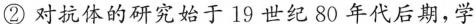
②对抗体的研究始于19世纪80年代后期，学